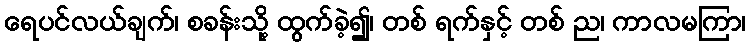
ရေပင်လယ်ချက်၊ စခန်းသို့ ထွက်ခဲ့၍၊ တစ် ရက်နှင့် တစ် ည၊ ကာလမကြာ၊